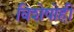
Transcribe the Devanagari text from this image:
विशेषोही